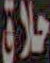
حلاق